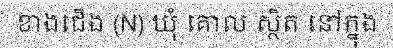
ខាងជើង (N) ឃុំ គោល ស្ថិត នៅក្នុង